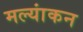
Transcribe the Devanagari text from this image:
मल्यांकन